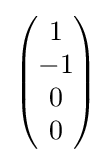
{\begin{pmatrix}1\\-1\\0\\0\end{pmatrix}}